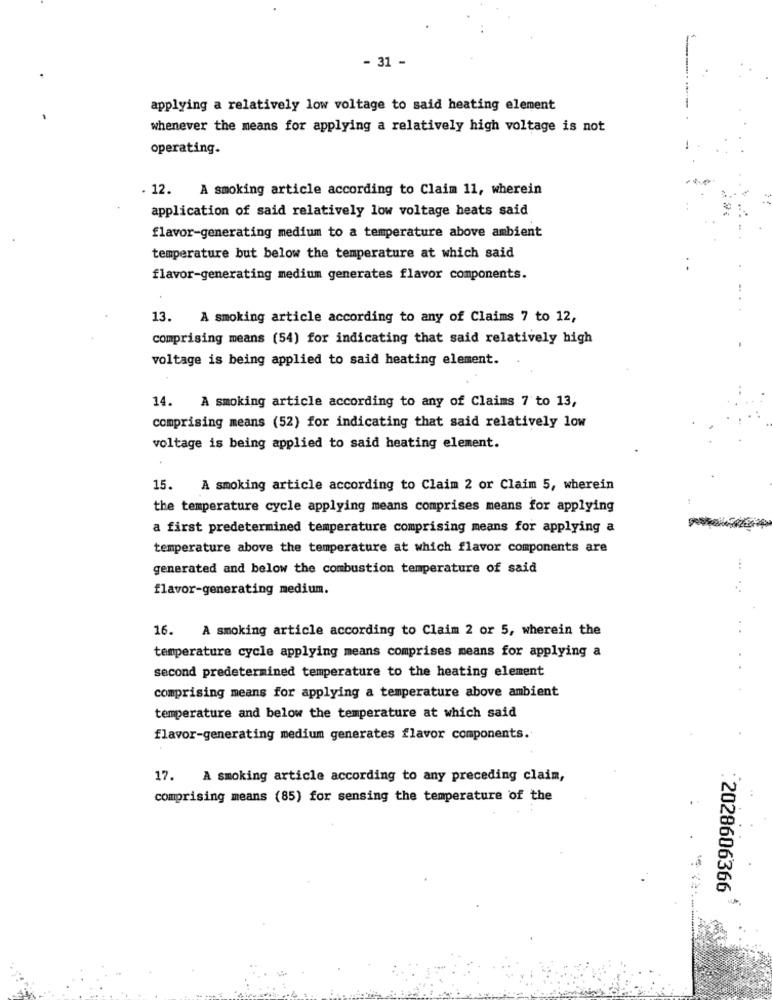
- 31 -
applying a relatively low voltage to said heating element
whenever the means for applying a relatively high voltage is not
operating.
. 12. A smoking article according to Claim 11, wherein
application of said relatively low voltage heats said
flavor-generating medium to a temperature above ambient
temperature but below the temperature at which said
flavor-generating medium generates flavor components.
13.
A smoking article according to any of Claims 7 to 12,
comprising means (54) for indicating that said relatively high
voltage is being applied to said heating element.
14.
A smoking article according to any of Claims 7 to 13,
comprising means (52) for indicating that said relatively low
voltage is being applied to said heating element.
15.
A smoking article according to Claim 2 or Claim 5, wherein
the temperature cycle applying means comprises means for applying
a first predetermined temperature comprising means for applying a
temperature above the temperature at which flavor components are
generated and below the combustion temperature of said
...
flavor-generating medium.
16. A smoking article according to Claim 2 or 5, wherein the
temperature cycle applying means comprises means for applying a
second predetermined temperature to the heating element
comprising means for applying a temperature above ambient
temperature and below the temperature at which said
flavor-generating medium generates flavor components.
17. A smoking article according to any preceding claim,
comprising means (85) for sensing the temperature of the
2028606366